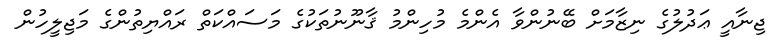
ޖިނާއީ ޢަދުލުގެ ނިޒާމަށް ބޭނުންވާ އެންމެ މުހިންމު ޤާނޫނުތަކުގެ މަސައްކަތް ރައްޔިތުންގެ މަޖިލީހުން